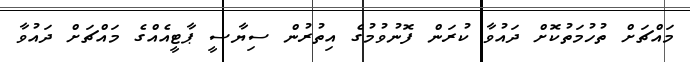
މައްޗަށް ތުހުމަތުކޮށް ދައުވާ ކުރަން ފޮނުވުމުގެ އިތުރުން ސިޔާސީ ޕާޓީއެއްގެ މައްޗަށް ދައުވާ